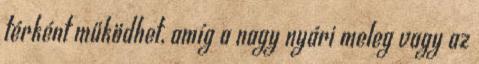
térként működhet, amíg a nagy nyári meleg vagy az